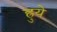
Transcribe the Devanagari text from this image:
ह्रुये